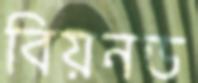
বিয়নড